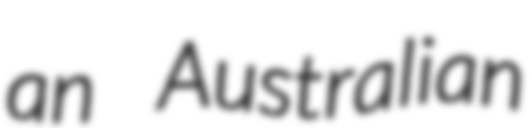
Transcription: an Australian